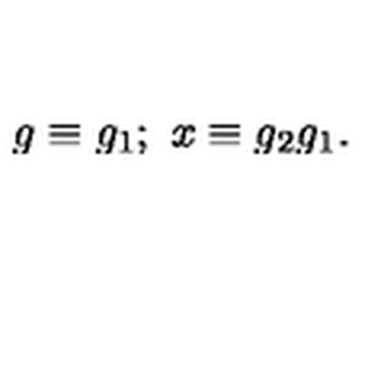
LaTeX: g \equiv g _ { 1 } ; \ x \equiv g _ { 2 } g _ { 1 } .